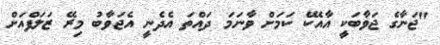
"ޖަނާގެ ޖަވާބަކީ އާއެކޭ ކަމަށް ވާނަމަ ދައްތަ އެދެނީ އެޖަވާބު މިރޭ ޒަލަފްއަށް